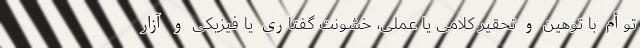
توأم با توهین و تحقیر کلامی یا عملی، خشونت گفتاری یا فیزیکی و آزار